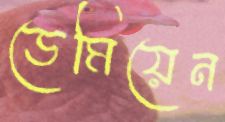
ডেমিয়েন